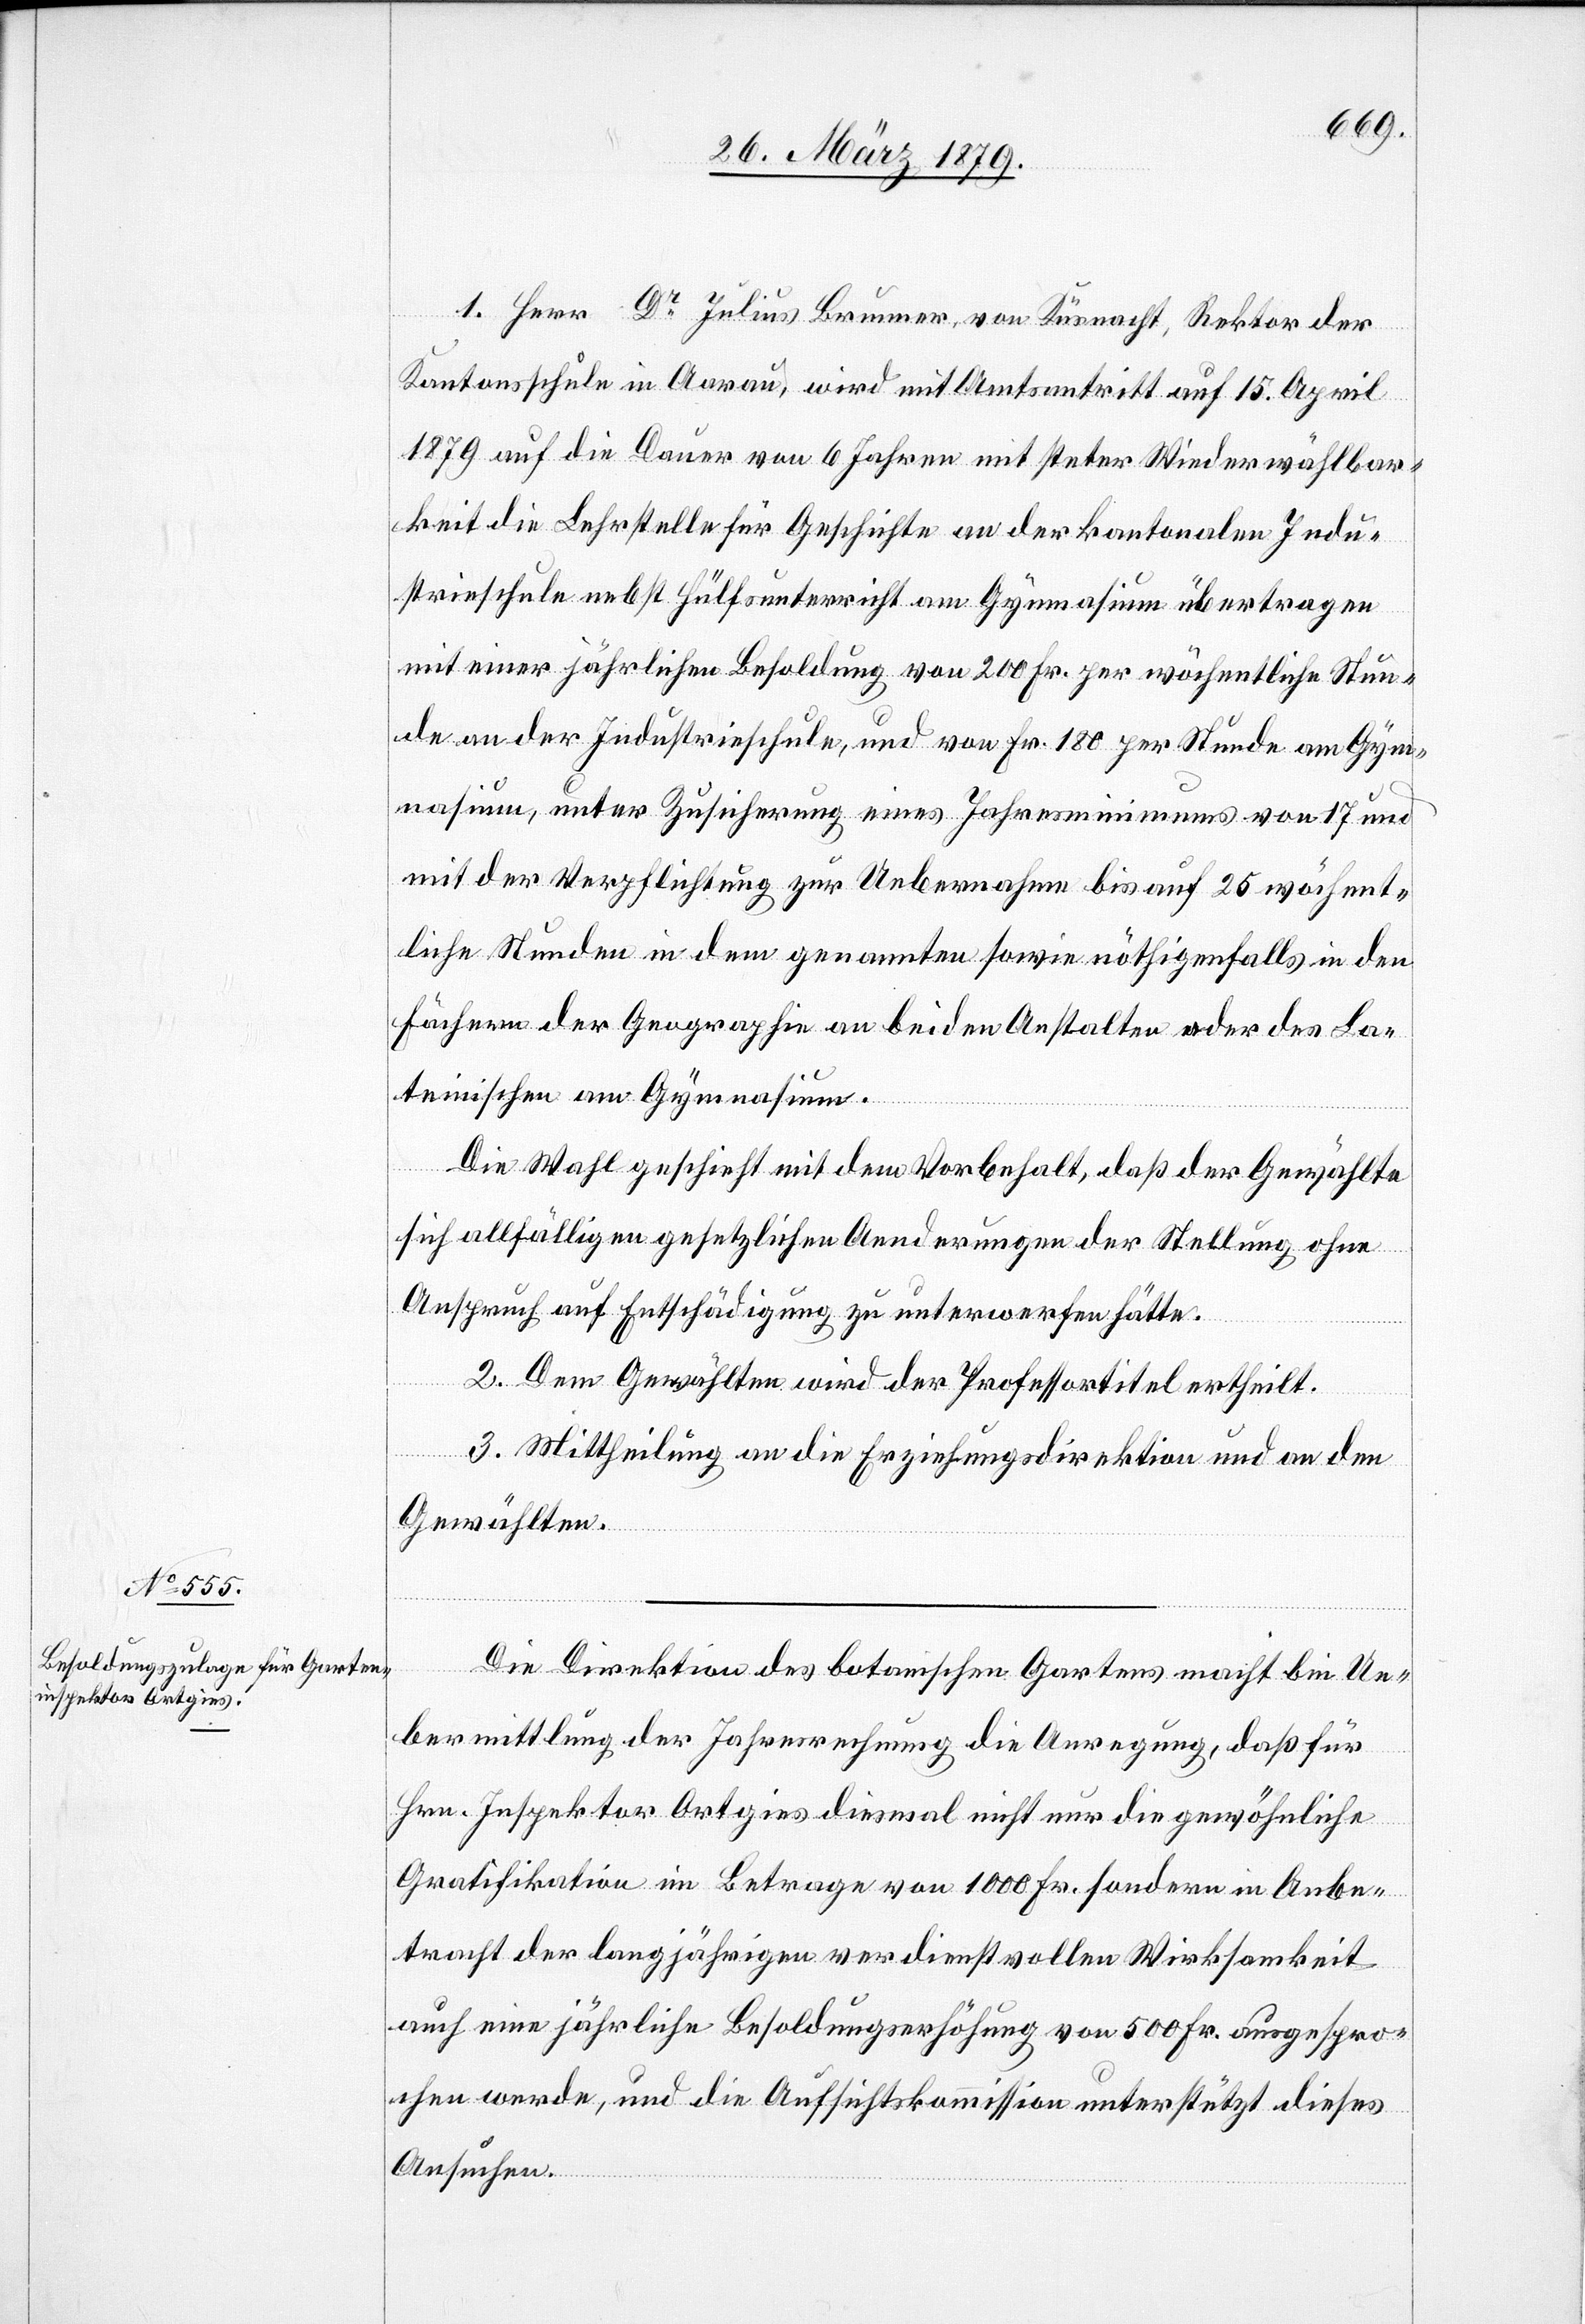
1. Herr Dr Julius Brunner, von Küsnacht, Rektor der
Kantonsschule in Aarau, wird mit Amtsantritt auf 15. April
1879 auf die Dauer von 6 Jahren mit steter Wiederwählbar¬
keit die Lehrstelle für Geschichte an der kantonalen Indu¬
strieschule nebst Hülfsunterricht am Gymnasium übertragen
mit einer jährlichen Besoldung von 200 Fr. per wöchentliche Stun¬
de an der Industrieschule, und von Fr. 180 per Stunde am Gym¬
nasium, unter Zusicherung eines Jahresminimums von 17 und
mit der Verpflichtung zur Uebernahme bis auf 25 wöchent¬
liche Stunden in dem genannten sowie nöthigenfalls in den
Fächern der Geographie an beiden Anstalten oder des La¬
teinischen am Gymnasium.
Die Wahl geschieht mit dem Vorbehalt, daß der Gewählte
sich allfälligen gesetzlichen Aenderungen der Stellung ohne
Anspruch auf Entschädigung zu unterwerfen hätte.
2. Dem Gewählten wird der Professortitel ertheilt.
3. Mittheilung an die Erziehungsdirektion und an den
Gewählten.
Die Direktion des botanischen Gartens macht bei Ue¬
bermittlung der Jahresrechnung die Anregung, daß für
Hrn. Inspektor Ortgies diesmal nicht nur die gewöhnliche
Gratifikation im Betrage von 1000 Fr. sondern in Anbe¬
tracht der langjährigen verdienstvollen Wirksamkeit
auch eine jährliche Besoldungserhöhung von 500 Fr. ausgespro¬
chen werde, und die Aufsichtskommission unterstützt dieses
Ansuchen.